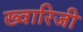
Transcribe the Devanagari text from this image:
ख्वारिजी